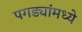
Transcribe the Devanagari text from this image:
पगड्यांमध्ये